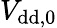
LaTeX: V_{\mathrm{{dd},0}}